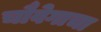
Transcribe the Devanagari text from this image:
चौवेगाचा